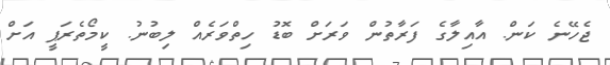
ޖެހޭނެ ކަން. އާއިލާގެ ފަރާތުން ވަރަށް ބޮޑު ހިތްވަރެއް ލިބުނު. ކީމޯތެރަޕީ އަށް